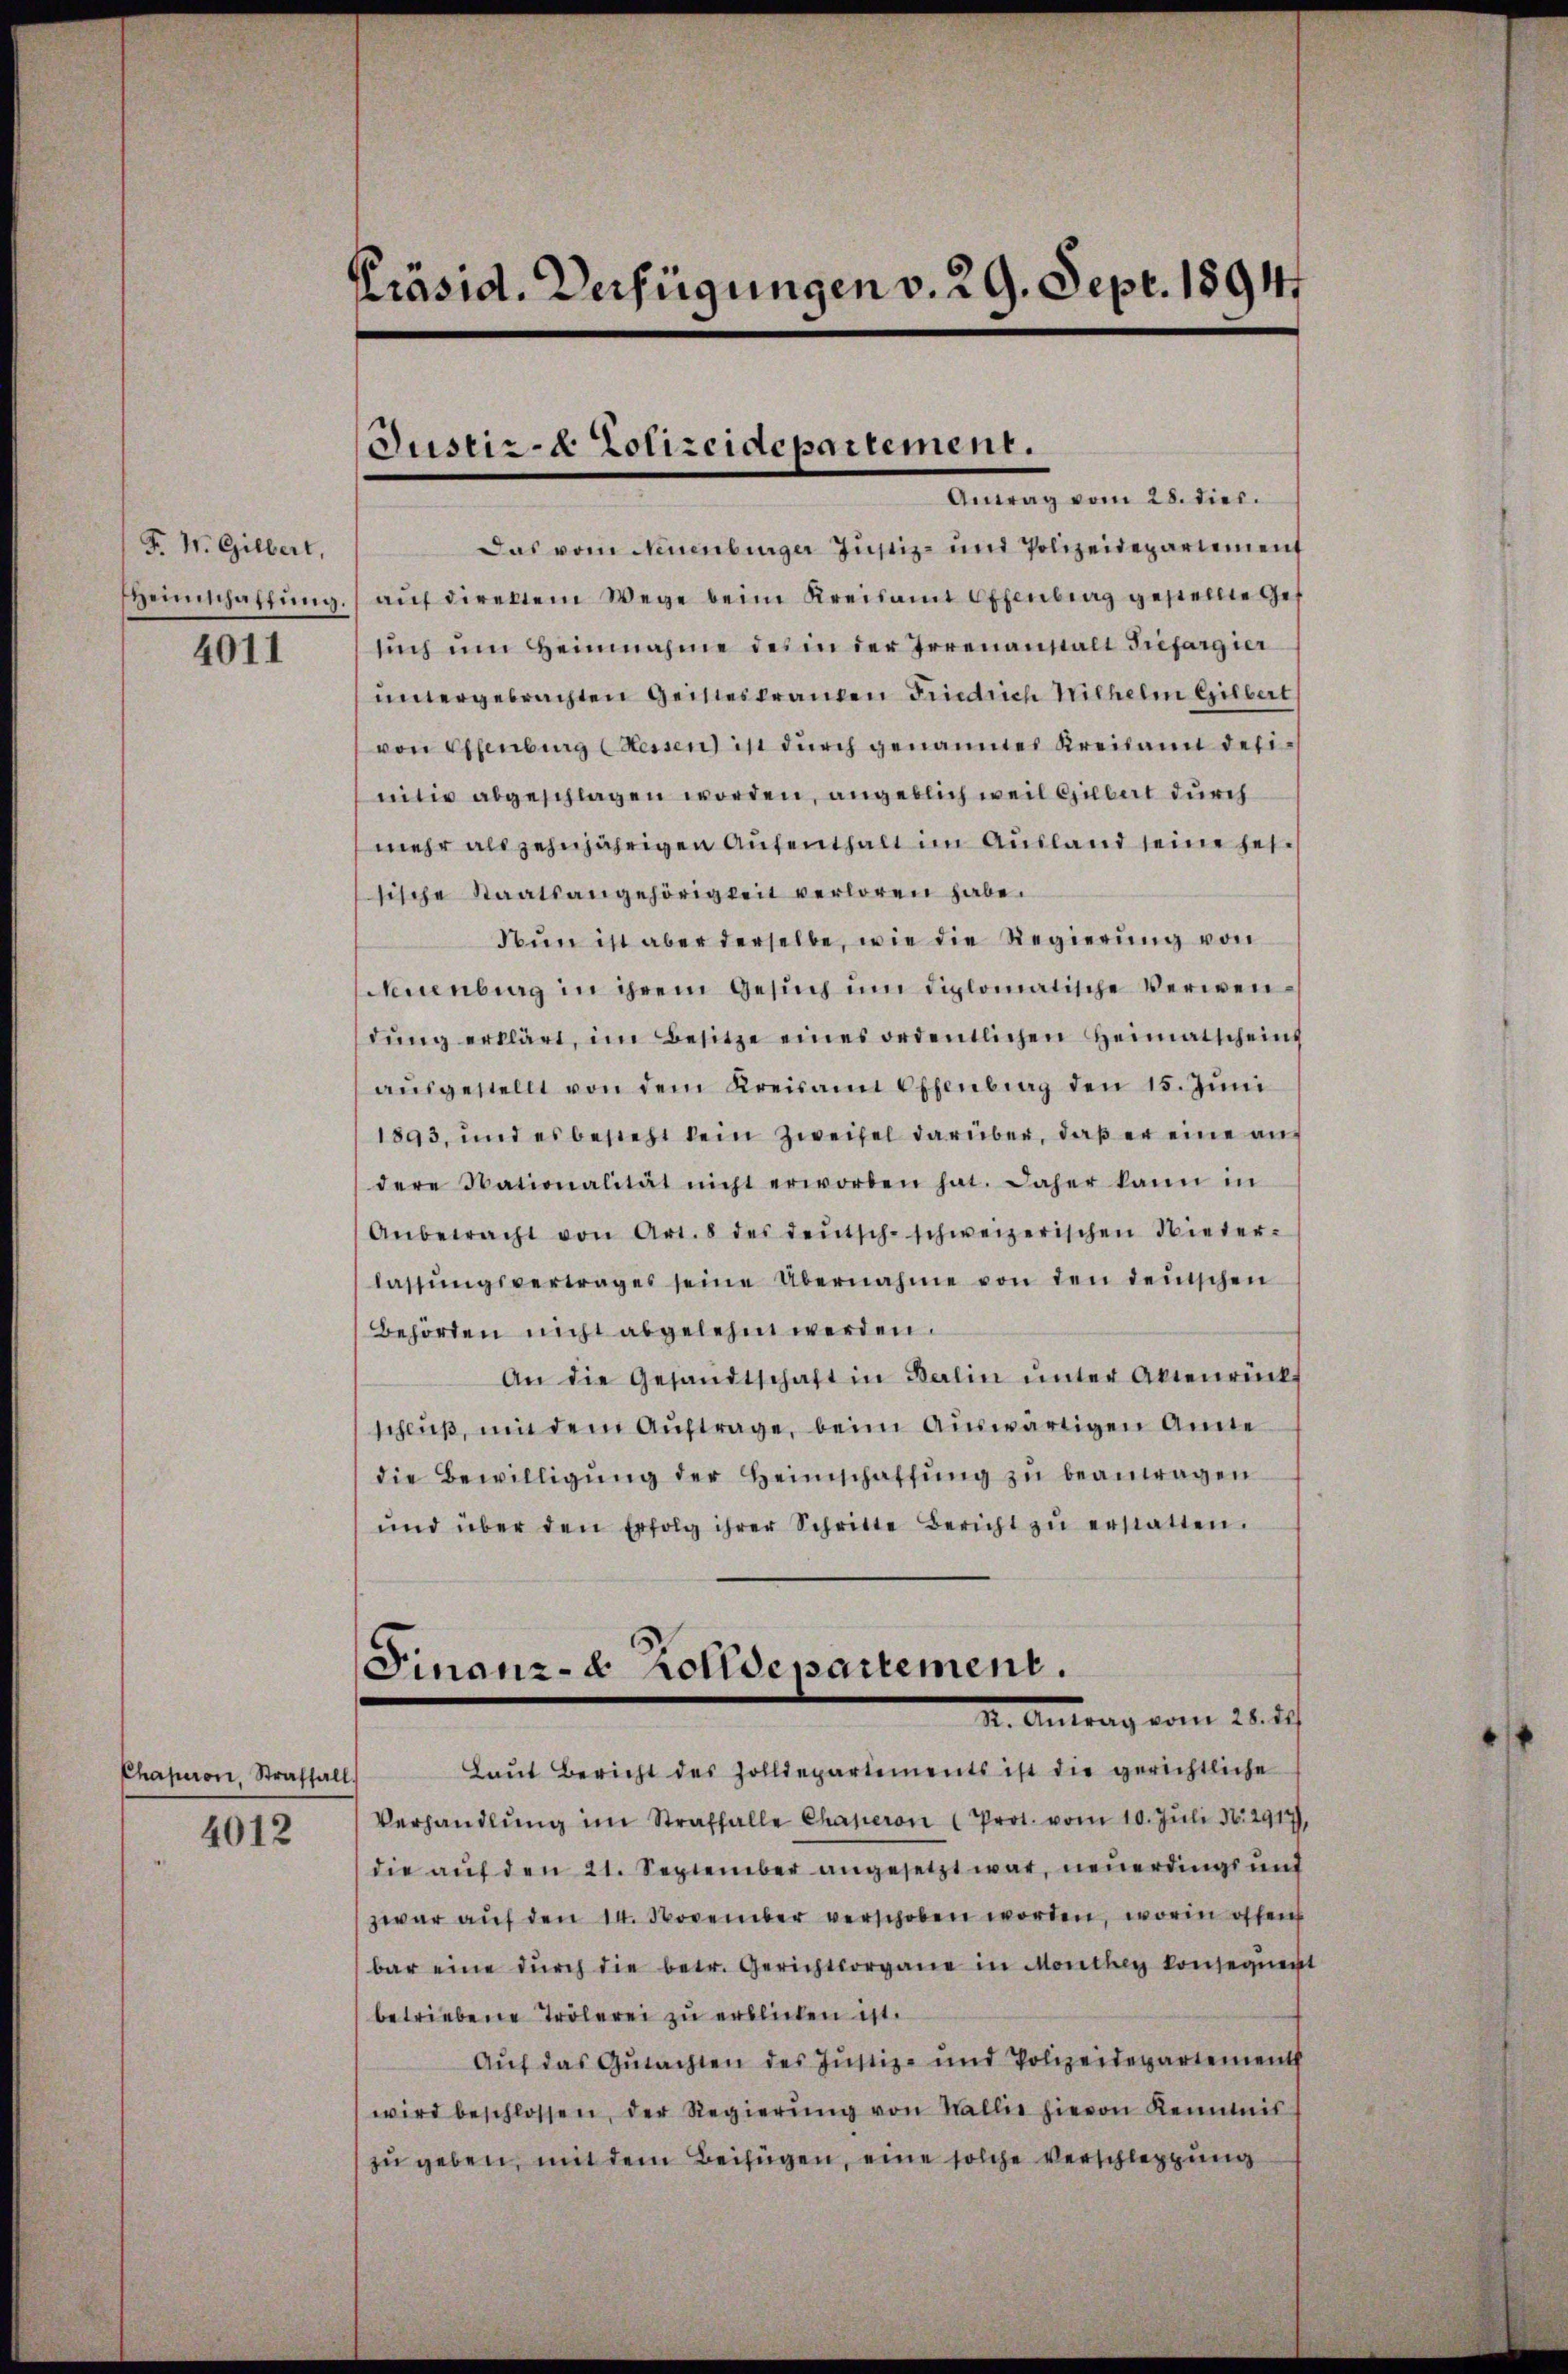
F. W. Gilbert,
4011

Chaperoni, Straffall
4012

Präsid. Verfügungen v. 29. Sept. 18941

Justiz- & Polizeidepartement.
Antrag vom 28. dies.

Das vom Neuenburger Justiz- und Polizeidepartement
Heimschaffŭng aŭf direktem Wege beim Kreisamt Offenberg gestellte Ge-
such um Heinnahme des in der Irrenanstalt Tiefargier
untergebrachten Geisteskranken Friedrich Wilhelm Gilbert
von Effenburg dessen ist durch genanntes Kreisann desinitiv abgeschlagen worden, angeblich weil Gilbart durch
mehr als zehnjährigen Aufenthalt im Ausland seine hersische Staatsangehörigkeit verloren habe.
Nun ist aber derselbe, wie die Regierung von
Neuenburg in ihrem Gesuch um diplomatische Verwendŭng erklärt, im Besitze eines ordentlichen Heimatscheins
aŭsgestellt von dem Kreisamt Offenbrag den 15. Jŭni
1893, und es besteht kein Zweifel darüber, daß er eine auf
dere Nationalität nicht erworben hat. Daher kann in
Anbetracht von Art. 8 des deŭtsch-schweizerischen Nieter-
lassŭngsvertrages seine Übernahme von den demischen
Behörden nicht abgelehnt werden.
An die Gesandtschaft in Balin ŭnter Aktenrück
schluß, mit dem Auftrage, beim Auswärtigen Anne
die Bewilligŭng der Heimschaffŭng zŭ beantragen
ŭnd über den Erfolg ihrer Schritte Bericht zŭ erstatten.
Finanz-C Zolldepartement.
I. Antrag vom 21. 2.
Laŭt Bericht des Zolldepartements ist die gerichtliche
Verhandlŭng im Straffalle Chaperon Prot. vom 10. Jŭli N. 2917.
die aŭf den 21. September angesetzt war, neuerdings und
zwar aŭf den 14. November verschoben worden, worin offen
bar eine dŭrch die betr. Gerichtsorgane in Monthey konsequent
betriebene Trölerei zu erblicken ist.
Auf das Gutachten des Justiz- und Polizeidepartements
wird beschlossen, der Regierŭng von Wallie hievon Kenntnis
zu geben, mit dem Beifügen, eine solche Verschleppung